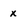
Character: x